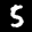
Label: 5